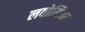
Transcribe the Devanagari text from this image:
लवोसिअर